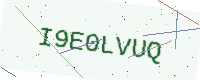
Text: I9E0LVUQ